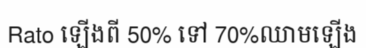
Rato ឡើងពី 50% ទៅ 70%ឈាមឡើង